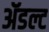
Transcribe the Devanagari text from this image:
ॲडल्ट